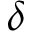
\delta